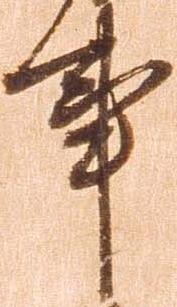
事